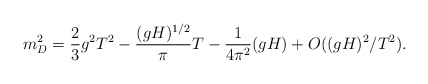
\begin{align*} m^2_D = \frac{2}{3}g^2 T^2 -\frac{(g H)^{1/2}}{\pi}T - \frac{1}{4\pi^2}(g H)+ O((gH)^2/T^2).\end{align*}